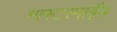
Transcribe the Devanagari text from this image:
मास्टरमाईंड